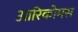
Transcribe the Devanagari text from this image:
आरिकोमस